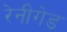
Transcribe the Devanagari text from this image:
रेनीगेड